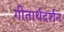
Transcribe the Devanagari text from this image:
गीतार्थदर्शन